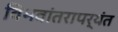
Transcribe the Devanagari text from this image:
विभवांतरापर्यंत